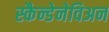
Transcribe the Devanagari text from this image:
स्कैन्डेनेविअन